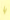
يا